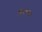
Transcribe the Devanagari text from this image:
चित्रकथाएं